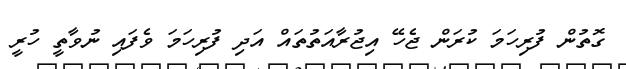
ގޮތުން ފުރިހަމަ ކުރަން ޖެހޭ އިޖުރާއަތުތައް އަދި ފުރިހަމަ ވެފައި ނުވާތީ ހުރީ